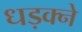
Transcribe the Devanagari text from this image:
धड़क्ने